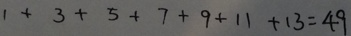
1 + 3 + 5 + 7 + 9 + 1 1 + 1 3 = 4 9